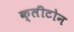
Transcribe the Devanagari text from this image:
क्‍लीटोन